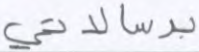
برسالاتي